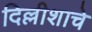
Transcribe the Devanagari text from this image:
दिल्लीशाचे